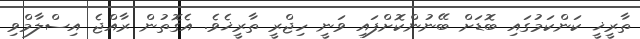
ތާރީޚީ ކަންކަމުގައި ބޮޑަށް ބޭނުންކޮށްފައި ވަނީ ހިޖްރީ ތާރީޚެވެ. އެގޮތުން ރާއްޖެ އިސްލާމްވި